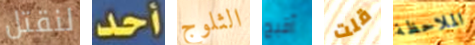
لنقتل أحد الثلوج أقبح قلت الملاحظة